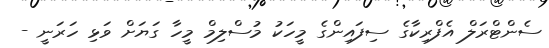
ސެންޓްރަލް އެފްރިކާގެ ސިފައިންގެ މީހަކު މުސްލިމް މީހާ ގަޔަށް ވަޅި ހަރަނީ -